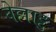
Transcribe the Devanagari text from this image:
वेल्लाट्टु